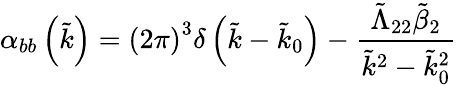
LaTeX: \alpha_{bb}\left(\tilde{k}\right)=\left(2\pi\right)^{3}\delta\left(\tilde{k}-\tilde{k}_{0}\right)-\frac{\tilde{\Lambda}_{22}\tilde{\beta}_{2}}{\tilde{k}^{2}-\tilde{k}_{0}^{2}}